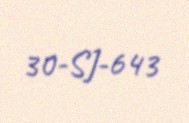
30-SJ-643